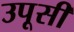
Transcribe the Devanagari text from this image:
उपूसी